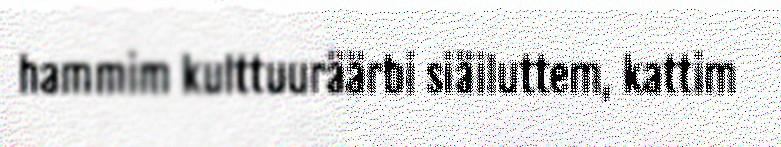
hammim kulttuuräärbi siäiluttem, kattim